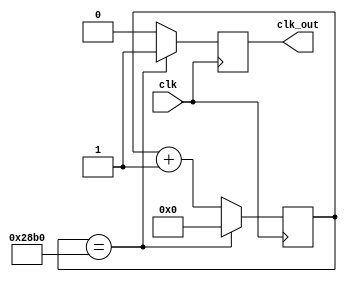
module clk_div(
	input clk,
	output reg clk_out
);

	localparam Baud_rate = 9600;
	localparam div_num = 'd100_000_000/Baud_rate;
	reg [15:0] count;
	
	initial
		count=0;
	
	always @ (posedge clk) begin
		if (count==div_num) begin
			count<=0;
			clk_out<=1;
		end
		else begin
			count<=count+1;
			clk_out<=0;
		end
	end

endmodule